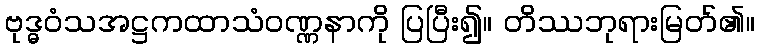
ဗုဒ္ဓဝံသအဋ္ဌကထာသံဝဏ္ဏနာကို ပြပြီး၍။ တိဿဘုရားမြတ်၏။